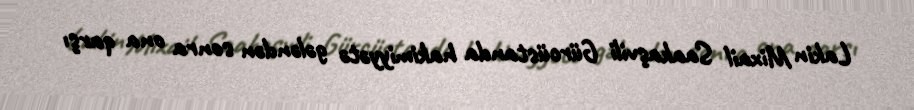
Lakin Mixail Saakaşvili Gürcüstanda hakimiyyətə gələndən sonra ona qarşı